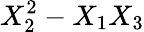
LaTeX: X_{2}^{2}-X_{1}X_{3}